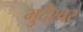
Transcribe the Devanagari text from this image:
मुर्देश्वर